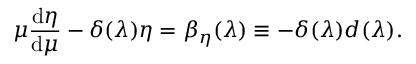
\mu { \frac { \mathrm { d } \eta } { \mathrm { d } \mu } } - \delta ( \lambda ) \eta = \beta _ { \eta } ( \lambda ) \equiv - \delta ( \lambda ) d ( \lambda ) .